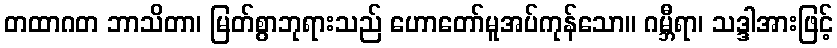
တထာဂတ ဘာသိတာ၊ မြတ်စွာဘုရားသည် ဟောတော်မူအပ်ကုန်သော။ ဂမ္ဘီရာ၊ သဒ္ဒါအားဖြင့်